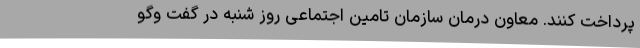
پرداخت کنند. معاون درمان سازمان تامین اجتماعی روز شنبه در گفت وگو